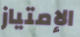
الإمتياز